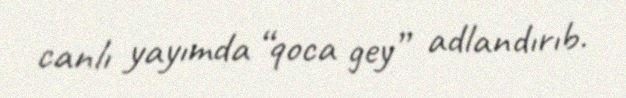
canlı yayımda “qoca gey” adlandırıb.